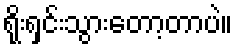
ရိုးရှင်းသွားတော့တာပဲ။